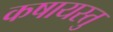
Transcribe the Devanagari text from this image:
कषायस्तु